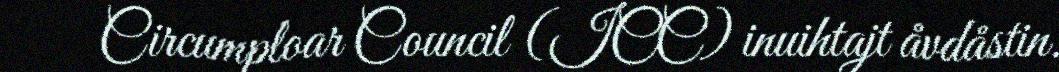
Circumploar Council (ICC) inuihtajt åvdåstin.